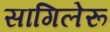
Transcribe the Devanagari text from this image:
सागिलेरू